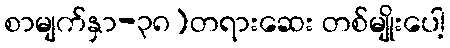
စာမျက်နှာ-၃၈)တရားဆေး တစ်မျိုးပေါ့